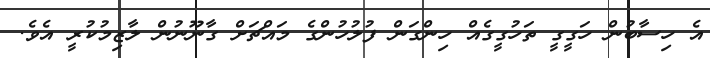
އެ ހިސާބުން ހަގީގީ ތަހުގީގެއް ހިންގަން ފުލުހުންގެ މައްޗަށް ގާނޫނުން ލާޒިމުކުރީ އެވެ.